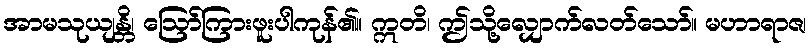
အာမသုယျန္တိ၊ ဩော်ကြားဖူးပါကုန်၏။ ဣတိ၊ ဤသို့လျှောက်လတ်သော်။ မဟာရာဇ၊